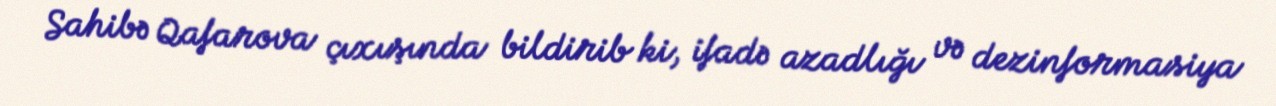
Sahibə Qafarova çıxışında bildirib ki, ifadə azadlığı və dezinformasiya